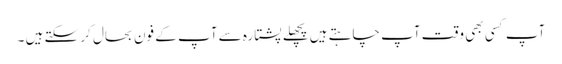
آپ کسی بھی وقت آپ چاہتے ہیں پچھلے پشتارہ سے آپ کے فون بحال کر سکتے ہیں ۔